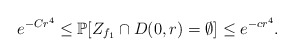
\begin{align*} e^{-Cr^4}\leq \mathbb P[ Z_{f_1}\cap D(0,r)=\emptyset]\leq e^{-cr^4}.\end{align*}